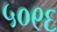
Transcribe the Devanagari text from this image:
५०९६